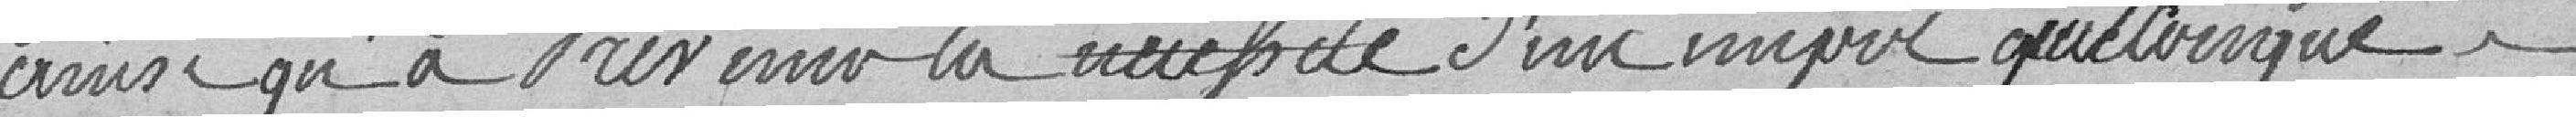
ainsi qu'à prévenir la nécessité d'un impôt quelconque